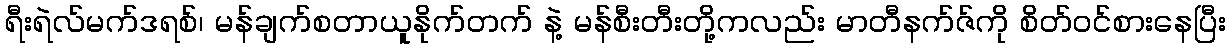
ရီးရဲလ်မက်ဒရစ်၊ မန်ချက်စတာယူနိုက်တက် နဲ့ မန်စီးတီးတို့ကလည်း မာတီနက်ဇ်ကို စိတ်ဝင်စားနေပြီး